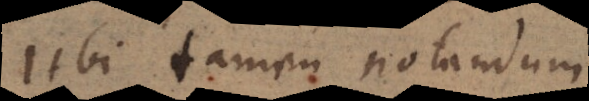
Ubi tamen notandum